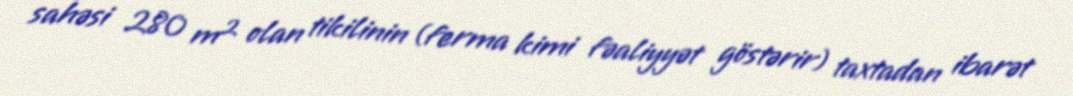
sahəsi 280 m² olan tikilinin (ferma kimi fəaliyyət göstərir) taxtadan ibarət